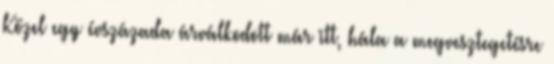
Közel egy évszázada árválkodott már itt, hála a megvesztegetésre